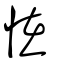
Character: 恠